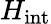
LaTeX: H_{\mathrm{{int}}}